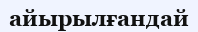
айырылғандай